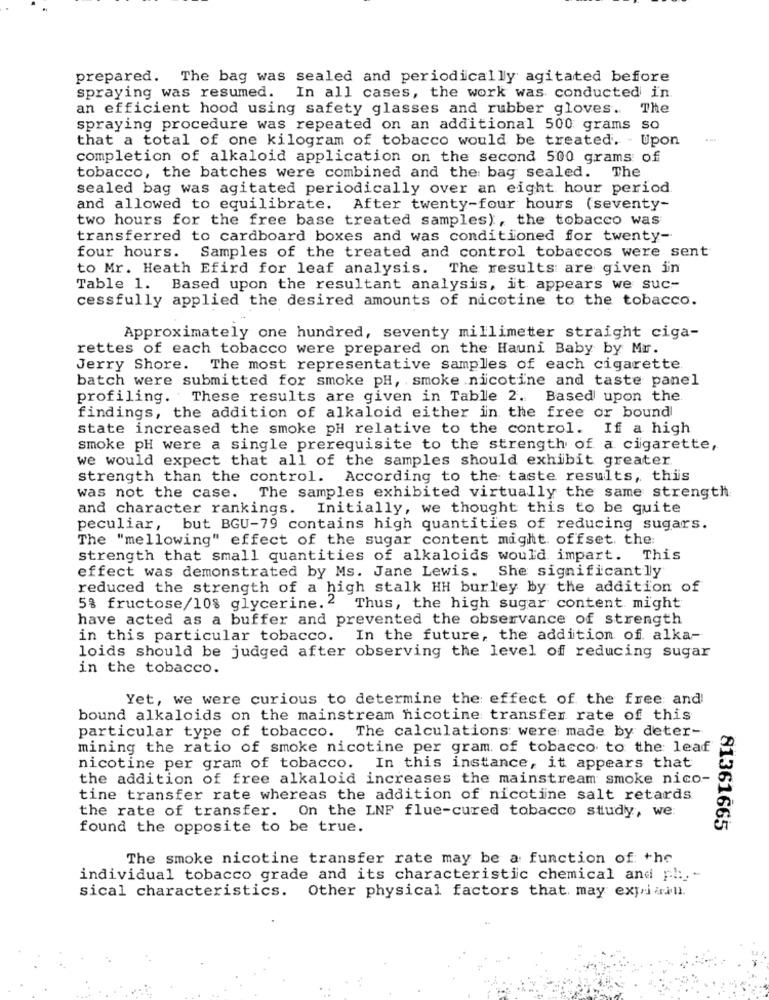
prepared. The bag was sealed and periodically agitated before
spraying was resumed.
In all cases, the work was conducted in
an efficient hood using safety glasses and rubber gloves.
The
spraying procedure was repeated on an additional 500 grams s
that a total of one kilogram of tobacco would be treated. - Upon
completion of alkaloid application on the second 500 grams of
The
tobacco, the batches were combined and the bag sealed.
sealed bag was agitated periodically over an eight hour period
and allowed to equilibrate. After twenty-four hours (seventy-
two hours for the free base treated samples), the tobacco was
transferred to cardboard boxes and was conditioned for twenty-
four hours. Samples of the treated and control tobaccos were sent
to Mr. Heath Efird for leaf analysis. The results are given in
Table 1. Based upon the resultant analysis, it appears we suc-
cessfully applied the desired amounts of nicotine to the tobacco.
Approximately one hundred, seventy millimeter straight ciga-
rettes of each tobacco were prepared on the Hauni Baby by Mr.
Jerry Shore. The most representative samples of each cigarette
batch were submitted for smoke pH, smoke .nicotine and taste panel
profiling. These results are given in Table 2. Based upon the.
findings, the addition of alkaloid either in the free or bound
state increased the smoke pH relative to the control. If a high
smoke pH were a single prerequisite to the strength of a cigarette,
we would expect that all of the samples should exhibit greater
strength than the control. According to the taste results, this
was not the case.
The samples exhibited virtually the same strength
and character rankings. Initially, we thought this to be quite
peculiar, but BGU-79 contains high quantities of reducing sugars.
The "mellowing" effect of the sugar content might. offset. the:
strength that small quantities of alkaloids would impart. This
effect was demonstrated by Ms. Jane Lewis. She significantly
reduced the strength of a high stalk HH burley by the addition of
5% fructose/10% glycerine.2
Thus, the high sugar content might
have acted as a buffer and prevented the observance of strength
in this particular tobacco. In the future, the addition of. alka-
loids should be judged after observing the level of reducing sugar
in the tobacco.
Yet, we were curious to determine the effect of the free and
bound alkaloids on the mainstream nicotine transfer rate of this
particular type of tobacco. The calculations were made by deter-
mining the ratio of smoke nicotine per gram of tobacco to the leaf
nicotine per gram of tobacco. In this instance, it appears that
the addition of free alkaloid increases the mainstream smoke nico-
tine transfer rate whereas the addition of nicotine salt retards
the rate of transfer. On the LNF flue-cured tobacco study, we:
found the opposite to be true.
81361665
The smoke nicotine transfer rate may be a function of the
individual tobacco grade and its characteristic chemical and pl :-
sical characteristics. Other physical factors that may expriaill.